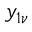
y _ { 1 \nu }